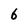
Character: 6